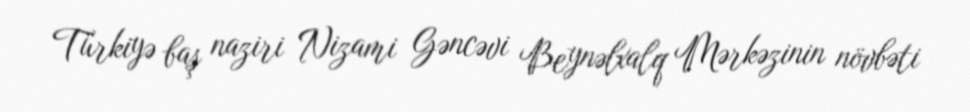
Türkiyə baş naziri Nizami Gəncəvi Beynəlxalq Mərkəzinin növbəti